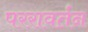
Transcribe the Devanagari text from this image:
पररावर्तन